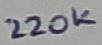
Text: 220K